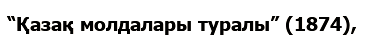
“Қазақ молдалары туралы” (1874),